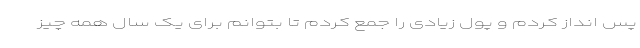
پس انداز کردم و پول زیادی را جمع کردم تا بتوانم برای یک سال همه چیز